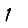
Digit: 1